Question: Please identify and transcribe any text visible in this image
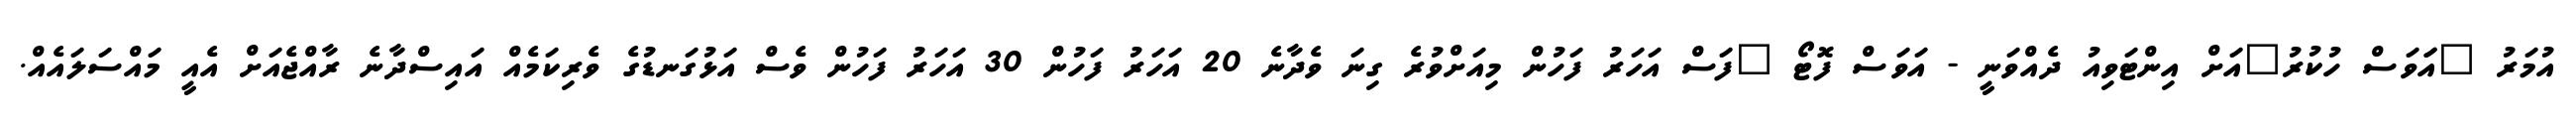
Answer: އުމަރު "އަަވަސް ހުކުރު"އަށް އިންޓަވިއު ދެއްވަނީ - އަވަސް ފޮޓޯ "ފަސް އަހަރު ފަހުން މިއަށްވުރެ ގިނަ ވެދާނެ 20 އަހަރު ފަހުން 30 އަހަރު ފަހުން ވެސް އަޅުގަނޑުގެ ވެރިކަމެއް އައިސްދާނެ ރާއްޖެއަށް އެއީ މައްސަލައެއް.